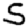
Digit: 5